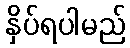
နှိပ်ရပါမည်